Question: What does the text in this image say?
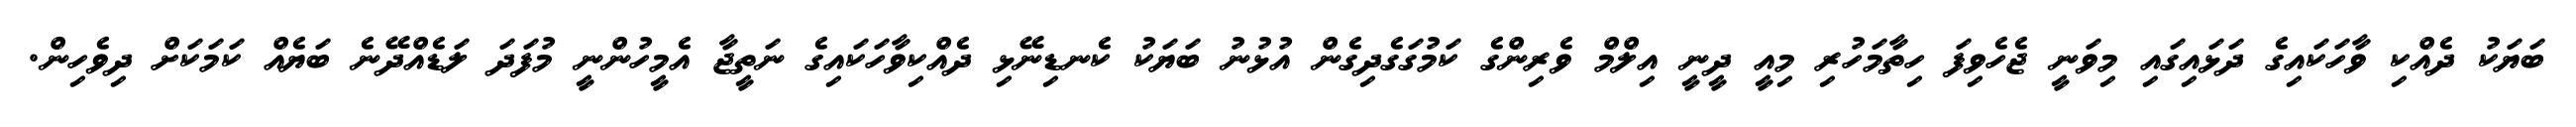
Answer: ބަޔަކު ދެއްކި ވާހަކައިގެ ދަޅައިގައި މިވަނީ ޖެހެވިފަ ހިތާމަހުރި މިއީ ދީނީ އިލްމް ވެރިންގެ ކަމުގަގެދިގެން އުޅުނު ބަޔަކު ކެނޑިނޭޅި ދެއްކިވާހަކައިގެ ނަތީޖާ އެމީހުންނީ މުފަދަ ލަޑެއްދޭނެ ބަޔެއް ކަމަކަށް ދިވެހިން.